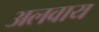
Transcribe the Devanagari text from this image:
अलवाय